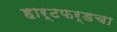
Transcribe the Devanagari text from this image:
हार्टफर्डचा